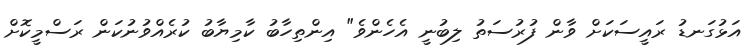
އަޅުގަނޑު ރައީސަކަށް ވާން ފުރުސަތު ލިބުނީ އެހެންވެ" އިންތިހާބު ކާމިޔާބު ކުރެއްވުނުކަން ރަސްމީކޮށް